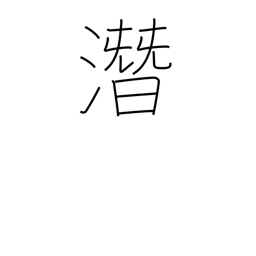
Meaning: hush